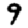
Digit: 9